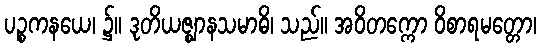
ပဉ္စကနယေ၊ ၌။ ဒုတိယဇ္ဈာနသမာဓိ၊ သည်။ အဝိတက္ကော ဝိစာရမတ္တော၊